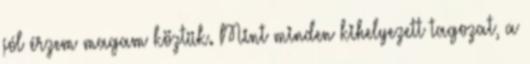
jól érzem magam köztük. Mint minden kihelyezett tagozat, a